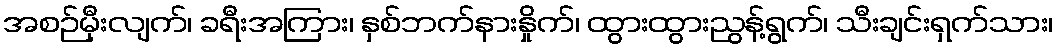
အစဉ်မှီးလျက်၊ ခရီးအကြား၊ နှစ်ဘက်နားနှိုက်၊ ထွားထွားညွန့်ရွက်၊ သီးချင်းရှက်သား၊